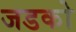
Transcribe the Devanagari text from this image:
जडको